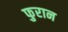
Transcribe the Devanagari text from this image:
फुरान